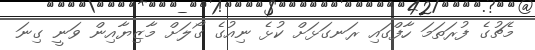
މެޗުގެ ފުރަތަމަ ހާފްގައި ރަނގަޅަށް ކުޅެ ނިއުގެ ގޯލަށް މާޒިޔާއިން ވަނީ ގިނަ